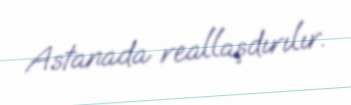
Astanada reallaşdırılır.